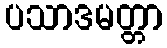
ပသာဒမတ္တာ